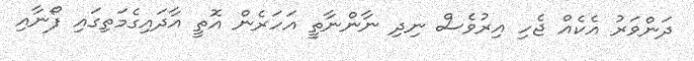
ދަންވަރު އެކެއް ޖެހި އިރުވެސް ނިދި ނާންނާތީ އަހަރެން އޮތީ އާދައިގެމަތިގައި ފޯނާއި